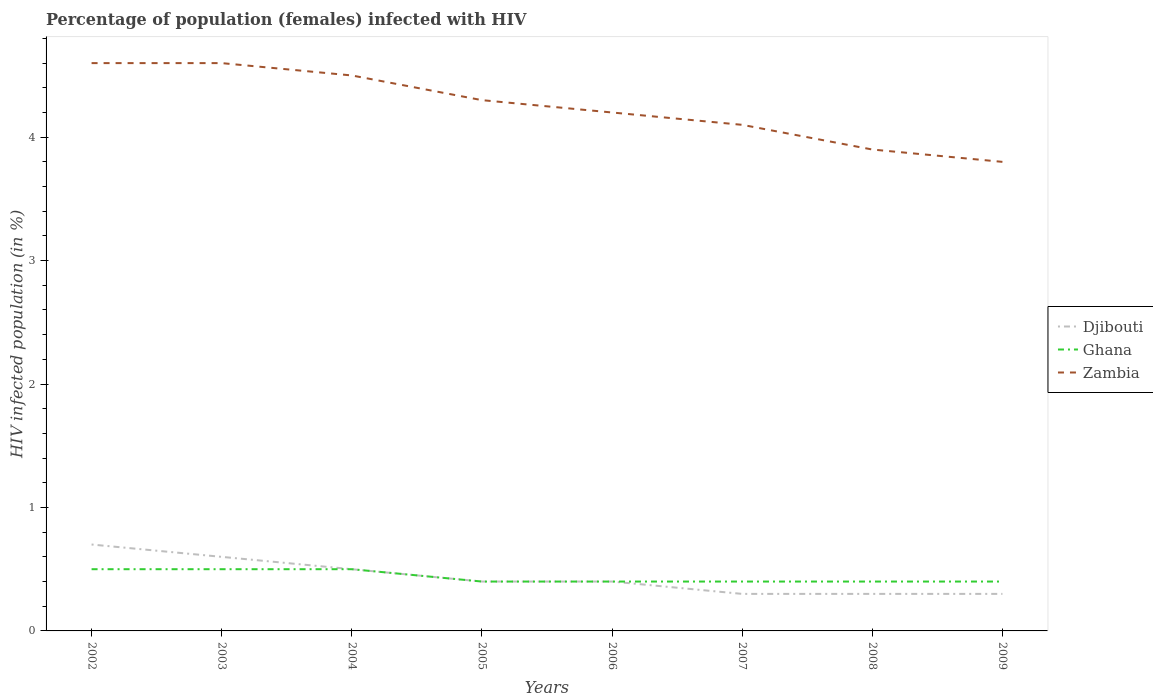
| Years | Djibouti | Ghana | Zambia |
 | --- | --- | --- | --- |
 | 2002 | 0.7 | 0.5 | 4.6 |
 | 2003 | 0.6 | 0.5 | 4.6 |
 | 2004 | 0.5 | 0.5 | 4.5 |
 | 2005 | 0.4 | 0.4 | 4.3 |
 | 2006 | 0.4 | 0.4 | 4.2 |
 | 2007 | 0.3 | 0.4 | 4.1 |
 | 2008 | 0.3 | 0.4 | 3.9 |
 | 2009 | 0.3 | 0.4 | 3.8 |